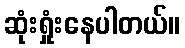
ဆုံးရှုံးနေပါတယ်။